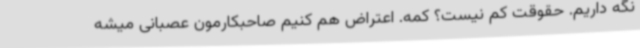
نگه داریم. ‌حقوقت کم نیست؟ کمه. اعتراض هم کنیم صاحبکارمون عصبانی میشه